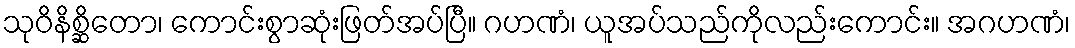
သုဝိနိစ္ဆိတော၊ ကောင်းစွာဆုံးဖြတ်အပ်ပြီ။ ဂဟဏံ၊ ယူအပ်သည်ကိုလည်းကောင်း။ အဂဟဏံ၊